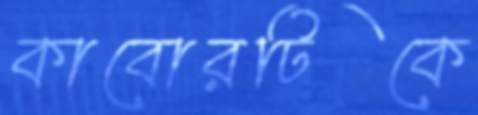
কাবোরটিকে